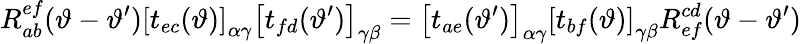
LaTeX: R_{ab}^{ef}(\vartheta-\vartheta^{\prime})\left[t_{ec}(\vartheta)\right]_{\alpha\gamma}\left[t_{fd}(\vartheta^{\prime})\right]_{\gamma\beta}=\left[t_{ae}(\vartheta^{\prime})\right]_{\alpha\gamma}\left[t_{bf}(\vartheta)\right]_{\gamma\beta}R_{ef}^{cd}(\vartheta-\vartheta^{\prime})